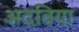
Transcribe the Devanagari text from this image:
अदविया